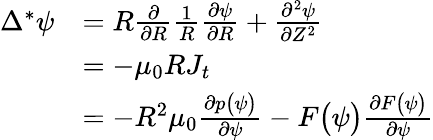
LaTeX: \begin{array}{rl}{\Delta^{*}\psi}&{=R\frac{\partial}{\partial R}\frac{1}{R}\frac{\partial\psi}{\partial R}+\frac{\partial^{2}\psi}{\partial Z^{2}}}\\ &{=-\mu_{0}RJ_{t}}\\ &{=-R^{2}\mu_{0}\frac{\partial p\big(\psi\big)}{\partial\psi}-F\big(\psi\big)\frac{\partial F\big(\psi\big)}{\partial\psi}}\end{array}